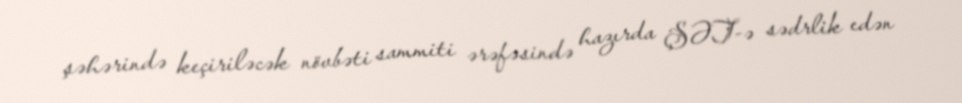
şəhərində keçiriləcək növbəti sammiti ərəfəsində hazırda ŞƏT-ə sədrlik edən